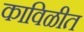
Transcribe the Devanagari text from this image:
काविळीत